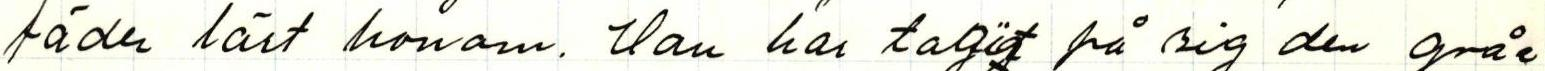
fäder lärt honom. Han har tagit på sig den gråe